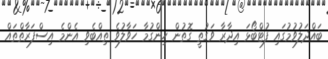
ބައްދަލުވުމުގައި ފުޓްބޯޅަ އިދާރާ ވަގުތީ ގޮތުން ހިންގުމާ ހަވާލުވެ ތިއްބެވި އެންމެ އިސްފަރާތްތައް